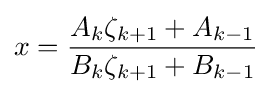
x={\frac {A_{k}\zeta _{k+1}+A_{k-1}}{B_{k}\zeta _{k+1}+B_{k-1}}}